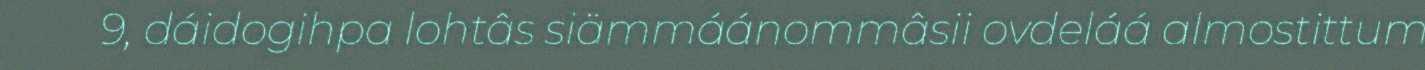
9, dáidogihpa lohtâs siämmáánommâsii ovdeláá almostittum